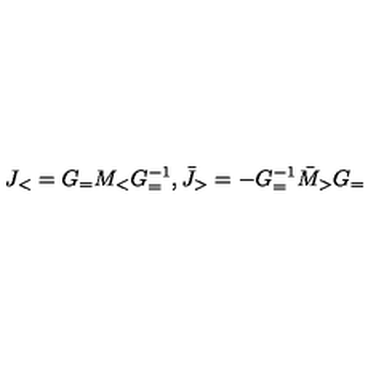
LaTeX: J _ { < } = G _ { = } M _ { < } G _ { = } ^ { - 1 } , \bar { J } _ { > } = - G _ { = } ^ { - 1 } \bar { M } _ { > } G _ { = }